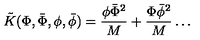
\tilde { K } ( \Phi , \bar { \Phi } , \phi , \bar { \phi } ) = \frac { \phi \bar { \Phi } ^ { 2 } } { M } + \frac { \Phi \bar { \phi } ^ { 2 } } { M } \ldots